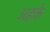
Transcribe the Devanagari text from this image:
अहके